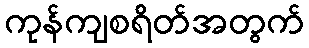
ကုန်ကျစရိတ်အတွက်